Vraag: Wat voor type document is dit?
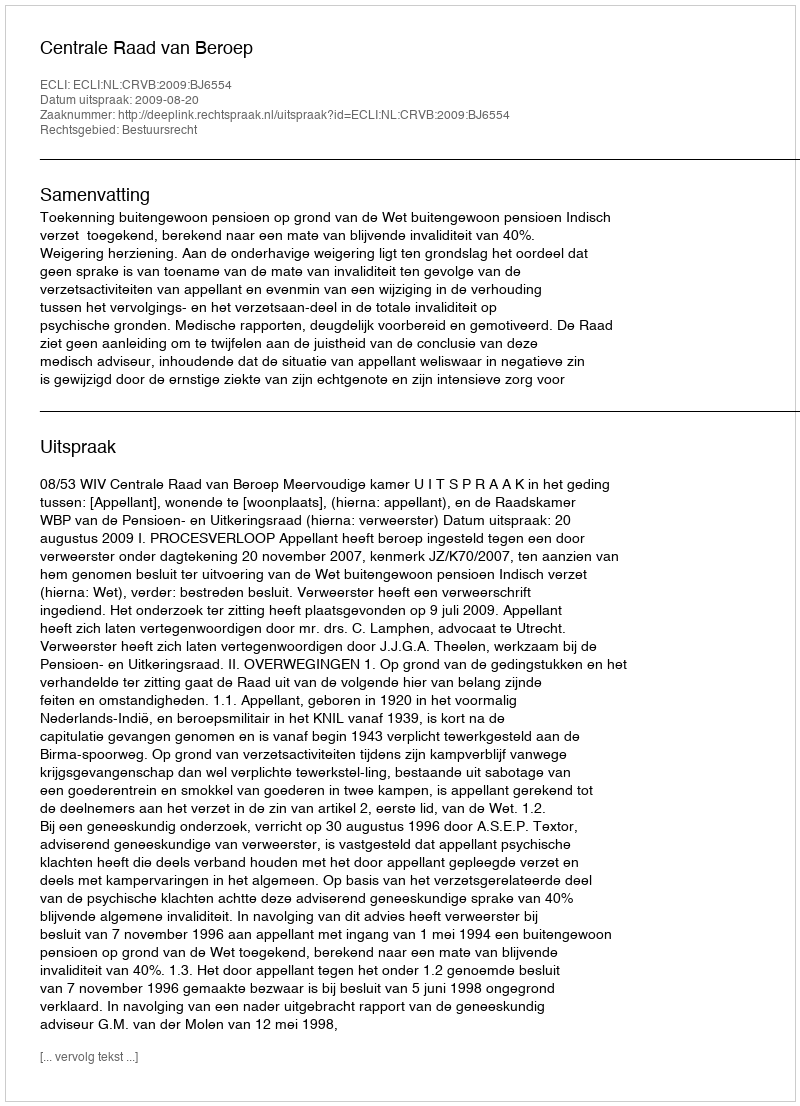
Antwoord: Uitspraak